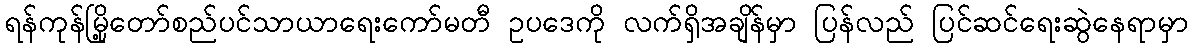
ရန်ကုန်မြို့တော်စည်ပင်သာယာရေးကော်မတီ ဥပဒေကို လက်ရှိအချိန်မှာ ပြန်လည် ပြင်ဆင်ရေးဆွဲနေရာမှာ